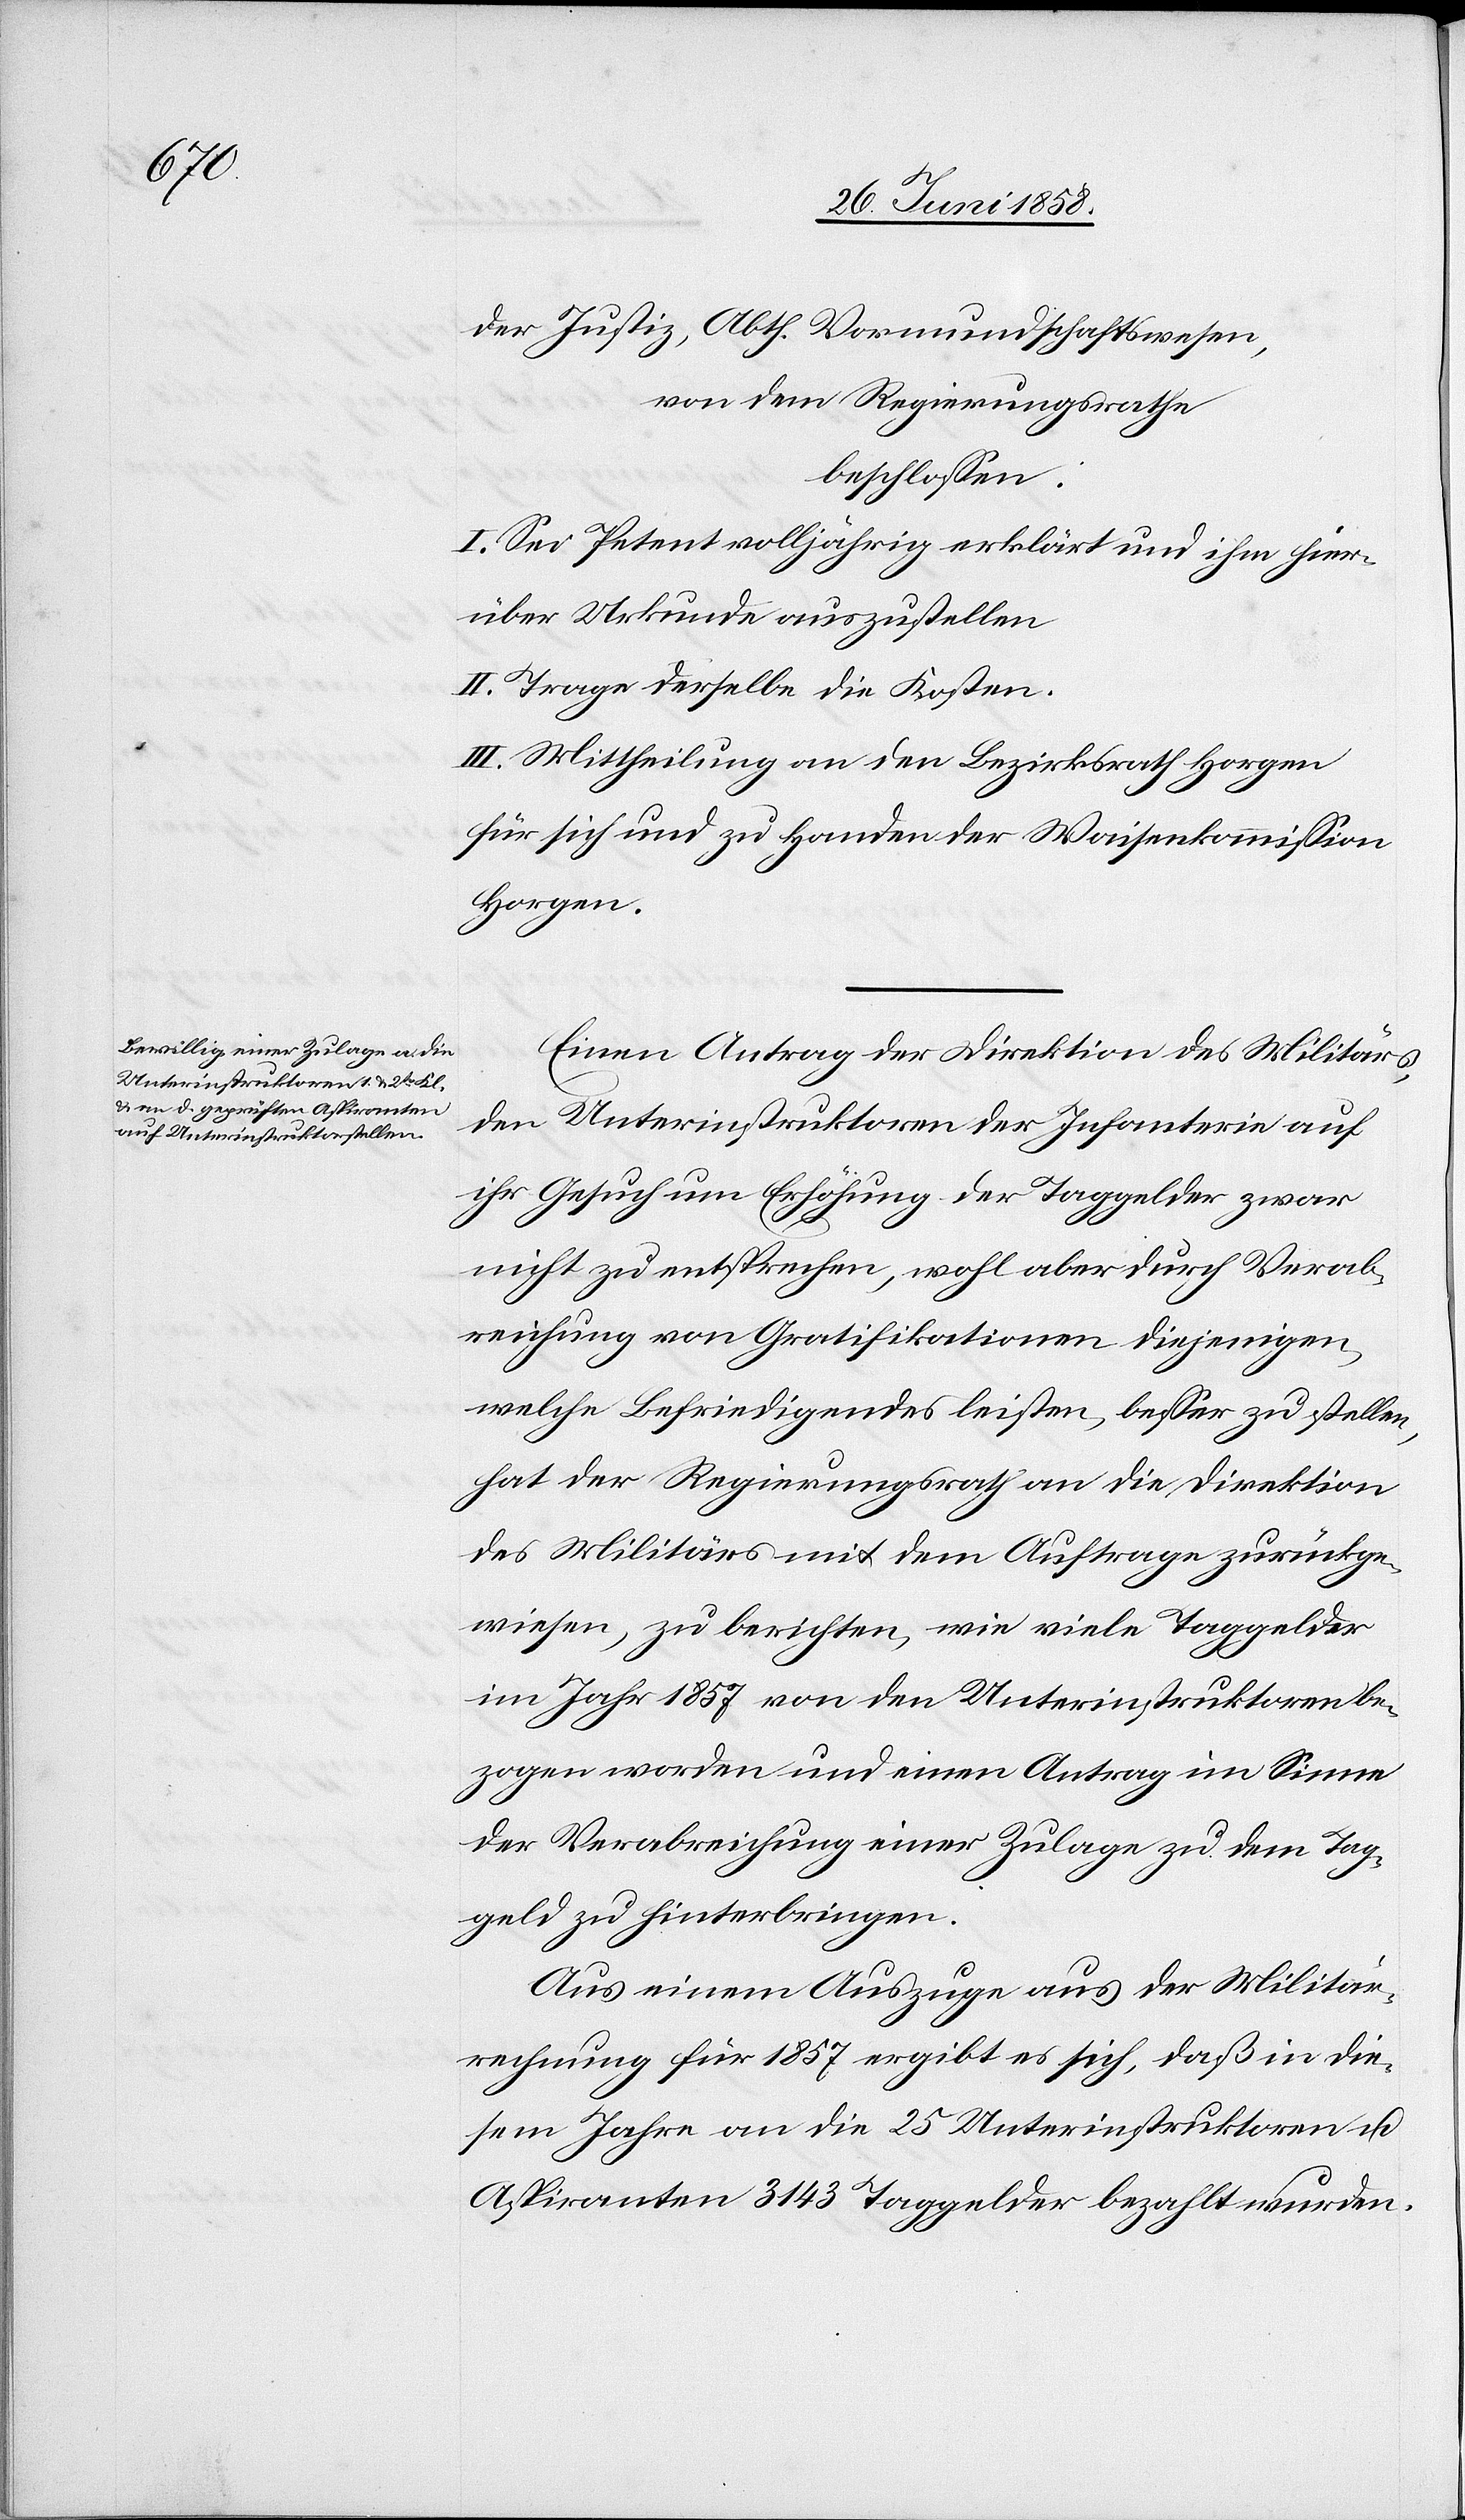
der Justiz, Abth. Vormundschaftswesen,
von dem Regierungsrathe
beschlossen:
I. Sei Petent volljährig erklärt und ihm hier¬
über Urkunde auszustellen
II. Trage derselbe die Kosten.
III. Mittheilung an den Bezirksrath Horgen
für sich und zu Handen der Waisenkommission
Horgen.
Einen Antrag der Direktion des Militärs,
den Unterinstruktoren der Infanterie auf
ihr Gesuch um Erhöhung der Taggelder zwar
nicht zu entsprechen, wohl aber durch Verab¬
reichung von Gratifikationen diejenigen,
welche Befriedigendes leisten, besser zu stellen,
hat der Regierungsrath an die Direktion
des Militärs mit dem Auftrage zurückge¬
wiesen, zu berichten, wie viele Taggelder
im Jahr 1857 von den Unterinstruktoren be¬
zogen worden und einen Antrag im Sinne
der Verabreichung einer Zulage zu dem Tag¬
geld zu hinterbringen.
Aus einem Auszuge aus der Militär¬
rechnung für 1857 ergibt es sich, daß in die¬
sem Jahre an die 25 Unterinstruktoren u.
Aspiranten 3143 Taggelder bezahlt wurden.